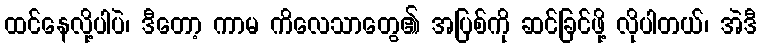
ထင်နေလို့ပါပဲ၊ ဒီတော့ ကာမ ကိလေသာတွေ၏ အပြစ်ကို ဆင်ခြင်ဖို့ လိုပါတယ်၊ အဲဒီ